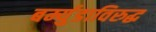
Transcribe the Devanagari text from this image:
बर्म्युडाविरुद्ध